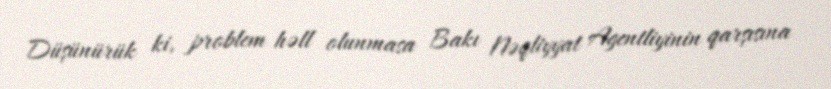
Düşünürük ki, problem həll olunmasa Bakı Nəqliyyat Agentliyinin qarşısına